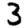
Digit: 3